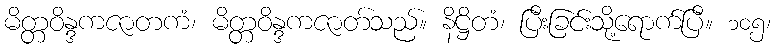
မိတ္တဝိန္ဒကဇာတကံ၊ မိတ္တဝိန္ဒကဇာတ်သည်။ နိဋ္ဌိတံ၊ ပြီးခြင်းသို့ရောက်ပြီ။ ၁၀၅၊